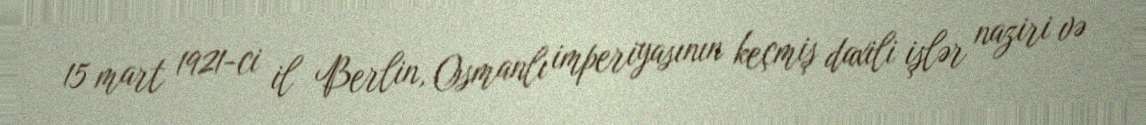
15 mart 1921-ci il Berlin, Osmanlı imperiyasının keçmiş daxili işlər naziri və